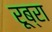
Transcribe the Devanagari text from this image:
रूब्रा